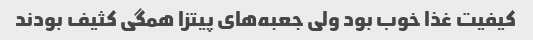
کیفیت غذا خوب بود ولی جعبه‌های پیتزا همگی کثیف بودند